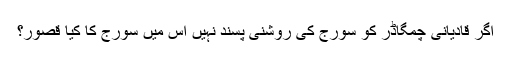
اگر قادیانی چمگاڈر کو سورج کی روشنی پسند نہیں اس میں سورج کا کیا قصور؟